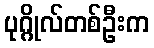
ပုဂ္ဂိုလ်တစ်ဦးက